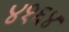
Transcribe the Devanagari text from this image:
४१६४